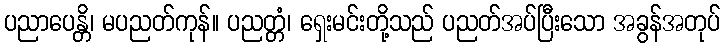
ပညာပေန္တိ၊ မပညတ်ကုန်။ ပညတ္တံ၊ ရှေးမင်းတို့သည် ပညတ်အပ်ပြီးသော အခွန်အတုပ်